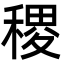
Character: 稷